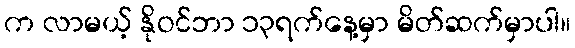
က လာမယ့် နိုဝင်ဘာ ၁၃ရက်နေ့မှာ မိတ်ဆက်မှာပါ။